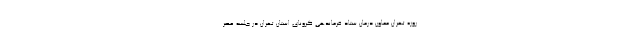
روزه تهران معاون درمان ستاد فرماندهی کرونای استان تهران در جلسه عصر